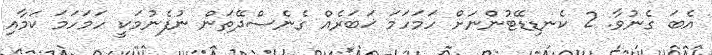
އެބަ ގެނުވާ. 2 ކެނޑިޑޭޓުންނަށް ހަމަހަމަ ޚަބަރެއް ގެނެސްދޭތަން ނުފެނުމަކީ ހަމަހަމަ ކަމާއި